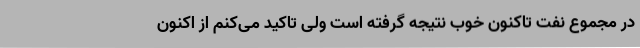
در مجموع نفت تاکنون خوب نتیجه گرفته است ولی تاکید می‌کنم از اکنون